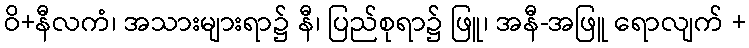
ဝိ+နီလကံ၊ အသားများရာ၌ နီ၊ ပြည်စုရာ၌ ဖြူ၊ အနီ-အဖြူ ရောလျက် +